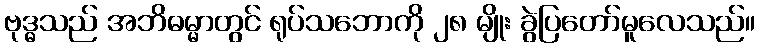
ဗုဒ္ဓသည် အဘိဓမ္မာတွင် ရုပ်သဘောကို ၂၈ မျိုး ခွဲပြတော်မူလေသည်။